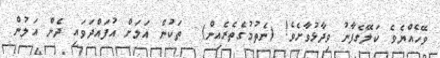
ވޭހެއްޔެވެ ކަލޭގެފާނު ވިދާޅުވާށެވެ! (ނެތުމުގެތެރެއިން)  ތަކުން އަލަށް އުފައްދަވައި ދެން އަލުން